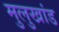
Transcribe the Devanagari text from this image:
मुलुखांड